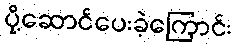
ပို့ဆောင်ပေးခဲ့ကြောင်း